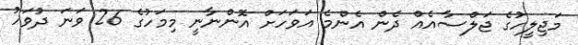
މަޖިލީހުގެ ޖަލްސާއެއް ދެން އެންމެ އަވަހަށް އޮންނާނީ މިމަހުގެ 26 ވަނަ ދުވަހު